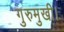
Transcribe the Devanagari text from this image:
गुरुमुखी।